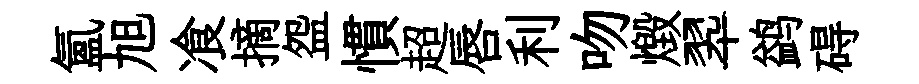
氲旭飡摘盌慣超唇利吻燬翆鹢碍